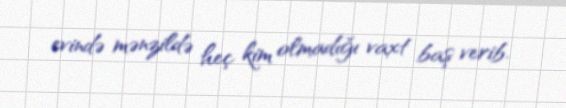
evində mənzildə heç kim olmadığı vaxt baş verib.